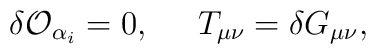
\delta {\cal O}_{\alpha_i} = 0,\;\;\;\;\;T_{\mu\nu} = \delta G_{\mu\nu},